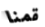
قمنا